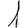
Digit: 1